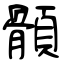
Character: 顝